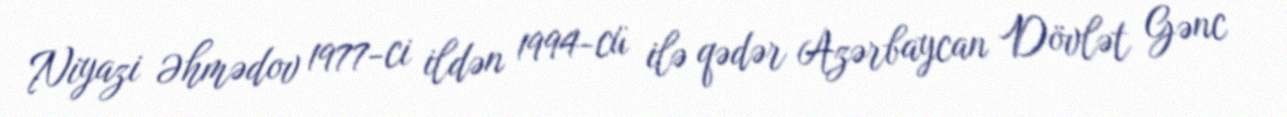
Niyazi Əhmədov 1977-ci ildən 1994-cü ilə qədər Azərbaycan Dövlət Gənc